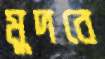
মুদবে